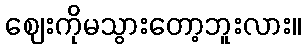
ဈေးကိုမသွားတော့ဘူးလား။